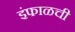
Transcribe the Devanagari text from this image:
इंफाळची